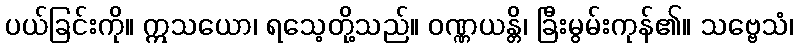
ပယ်ခြင်းကို။ ဣသယော၊ ရသေ့တို့သည်။ ဝဏ္ဏယန္တိ၊ ခြီးမွမ်းကုန်၏။ သဗ္ဗေသံ၊